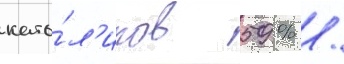
като́л'иков 59 % /